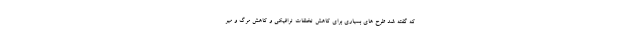
که گفته شد طرح های بسیاری برای کاهش تخلفات ترافیکی و کاهش مرگ و میر